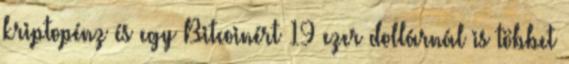
kriptopénz és egy Bitcoinért 19 ezer dollárnál is többet